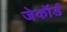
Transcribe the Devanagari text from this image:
जेकॉर्ड